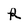
Character: R